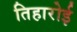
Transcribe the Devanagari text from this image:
तिहारोई